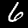
Label: 6